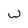
Character: w